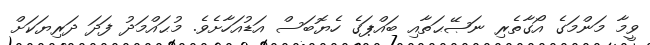
ވީމާ މަންމަގެ އޯގާތެރި ނަޞޭޙަތާއި ބައްޕަގެ ހެޔޮބަސް އަޑުއަހާށެވެ. މުޙައްމަދު ފަދަ ދަރިޔަކަށް